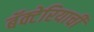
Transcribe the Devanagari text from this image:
बॅक्टेरियाची